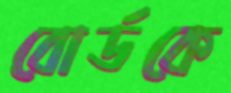
বোর্ডকে